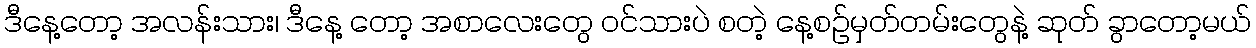
ဒီနေ့တော့ အလန်းသား၊ ဒီနေ့ တော့ အစာလေးတွေ ဝင်သားပဲ စတဲ့ နေ့စဉ်မှတ်တမ်းတွေနဲ့ ဆုတ် ခွာတော့မယ်